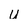
Character: U